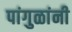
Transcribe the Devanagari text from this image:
पांगुळांनी